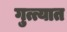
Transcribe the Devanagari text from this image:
गुत्त्यात